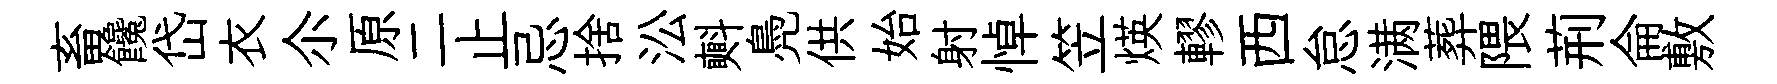
畜饞岱衣尒原二止忌捨㳂㪺鳧供始射悼笠煐轇西怠满葬隈荊侖敷